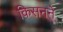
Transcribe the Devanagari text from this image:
किसनने